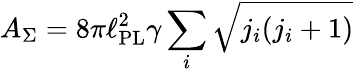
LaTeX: A_{\Sigma}=8\pi\ell_{\mathrm{PL}}^{2}\gamma\sum_{i}{\sqrt{j_{i}(j_{i}+1)}}